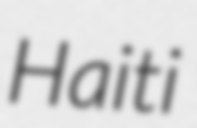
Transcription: Haiti